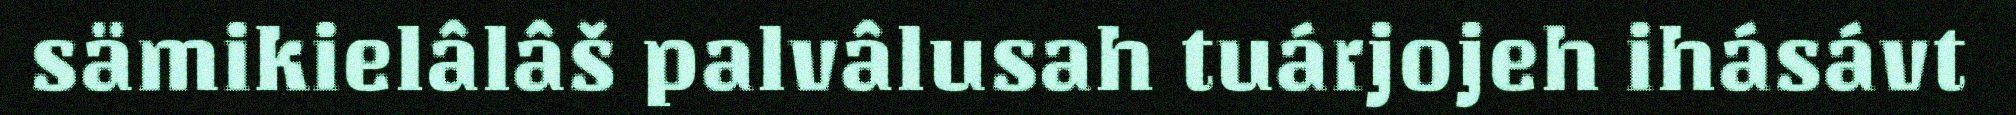
sämikielâlâš palvâlusah tuárjojeh ihásávt